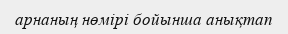
арнаның нөмірі бойынша анықтап